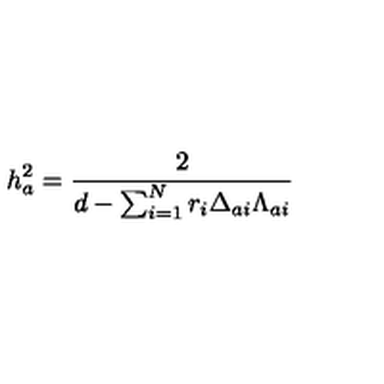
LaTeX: h _ { a } ^ { 2 } = { \frac { 2 } { d - \sum _ { i = 1 } ^ { N } r _ { i } \Delta _ { a i } \Lambda _ { a i } } }